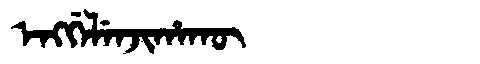
Manchu: ᡝᠩᡤᡝᠯᡝᠨᠵᡳᡥᠠᡴᡡ
Romanization: ENGGELENJIHAKŪ